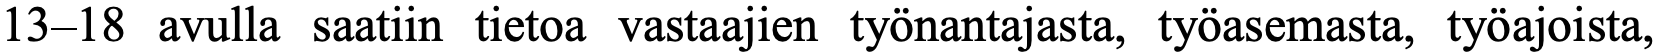
13–18 avulla saatiin tietoa vastaajien työnantajasta, työasemasta, työajoista,